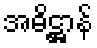
အဓိဋ္ဌာန်